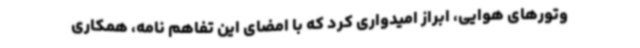
وتورهای هوایی، ابراز امیدواری کرد که با امضای این تفاهم نامه، همکاری